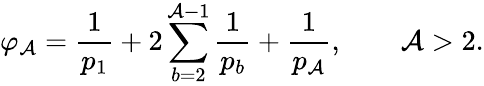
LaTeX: \varphi_{\mathcal{A}}=\frac{{1}}{{p_{1}}}+2\sum_{b=2}^{\mathcal{A}-1}\frac{{1}}{{p_{b}}}+\frac{{1}}{{p_{\mathcal{A}}}},\qquad\mathcal{A}>2.